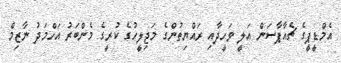
އެމްޑީޕީގެ ޗެއާޕާސަން އަލީ ވަހީދާއި ރައްޔިތުންގެ މަޖިލީހުގެ ކުރީގެ މެންބަރު އަހްމަދު ނާޒިމް